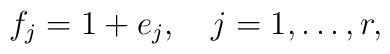
f_j=1+e_j,\quad j=1,\ldots,r,